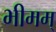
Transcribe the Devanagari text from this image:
भीमम्